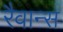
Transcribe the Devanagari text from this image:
रैवान्स